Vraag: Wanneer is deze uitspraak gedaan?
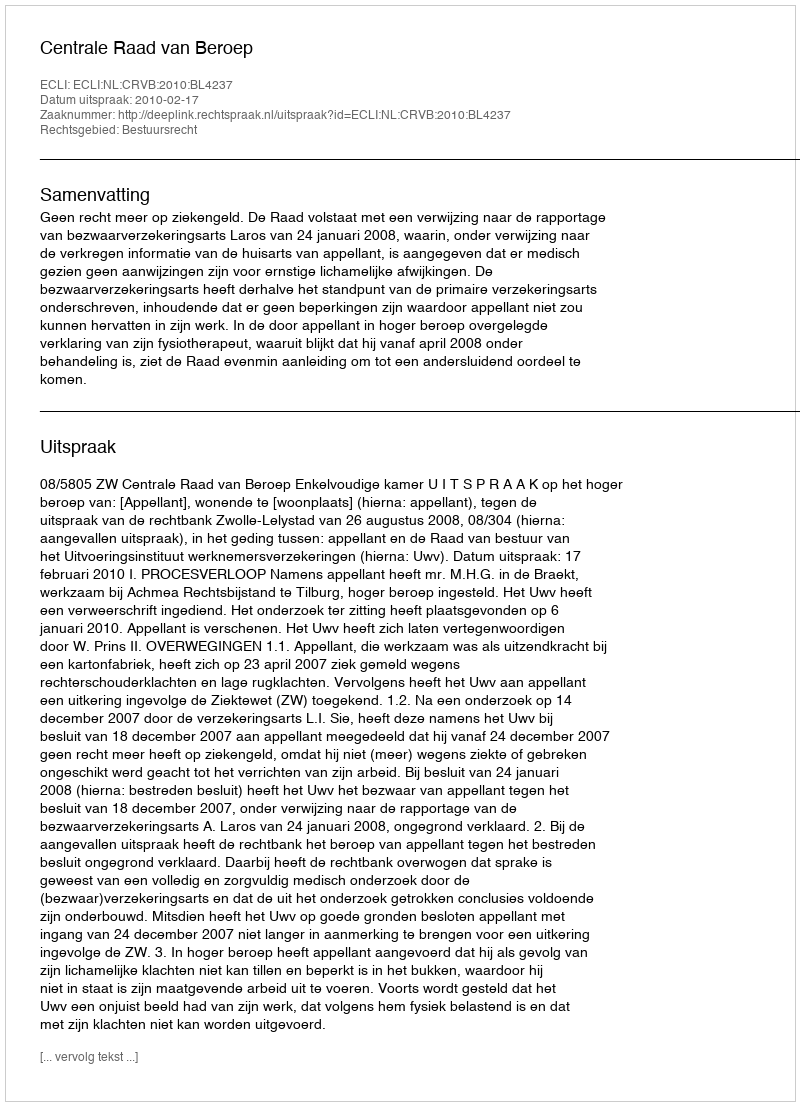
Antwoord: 2010-02-17